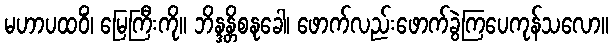
မဟာပထဝိံ၊ မြေကြီးကို။ ဘိန္ဒန္တိစနုခေါ၊ ဖောက်လည်းဖောက်ခွဲကြပေကုန်သလော။